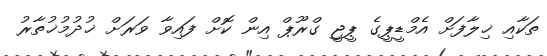
ތަކާއި ޚިލާފަށް އެމްޑީޕީގެ ޕީޖީ ގްރޫޕް އިން ކޮށް ފައިވާ ވަރަށް ޚުދުމުޚުތާރު